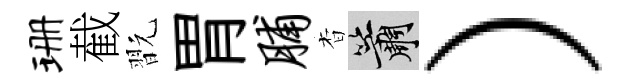
珊截翫胃脯杳簫）